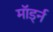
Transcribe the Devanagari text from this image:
मॉर्ड्न